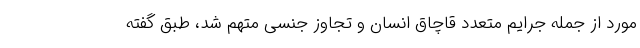
مورد از جمله جرایم متعدد قاچاق انسان و تجاوز جنسی متهم شد، طبق گفته